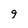
Character: g